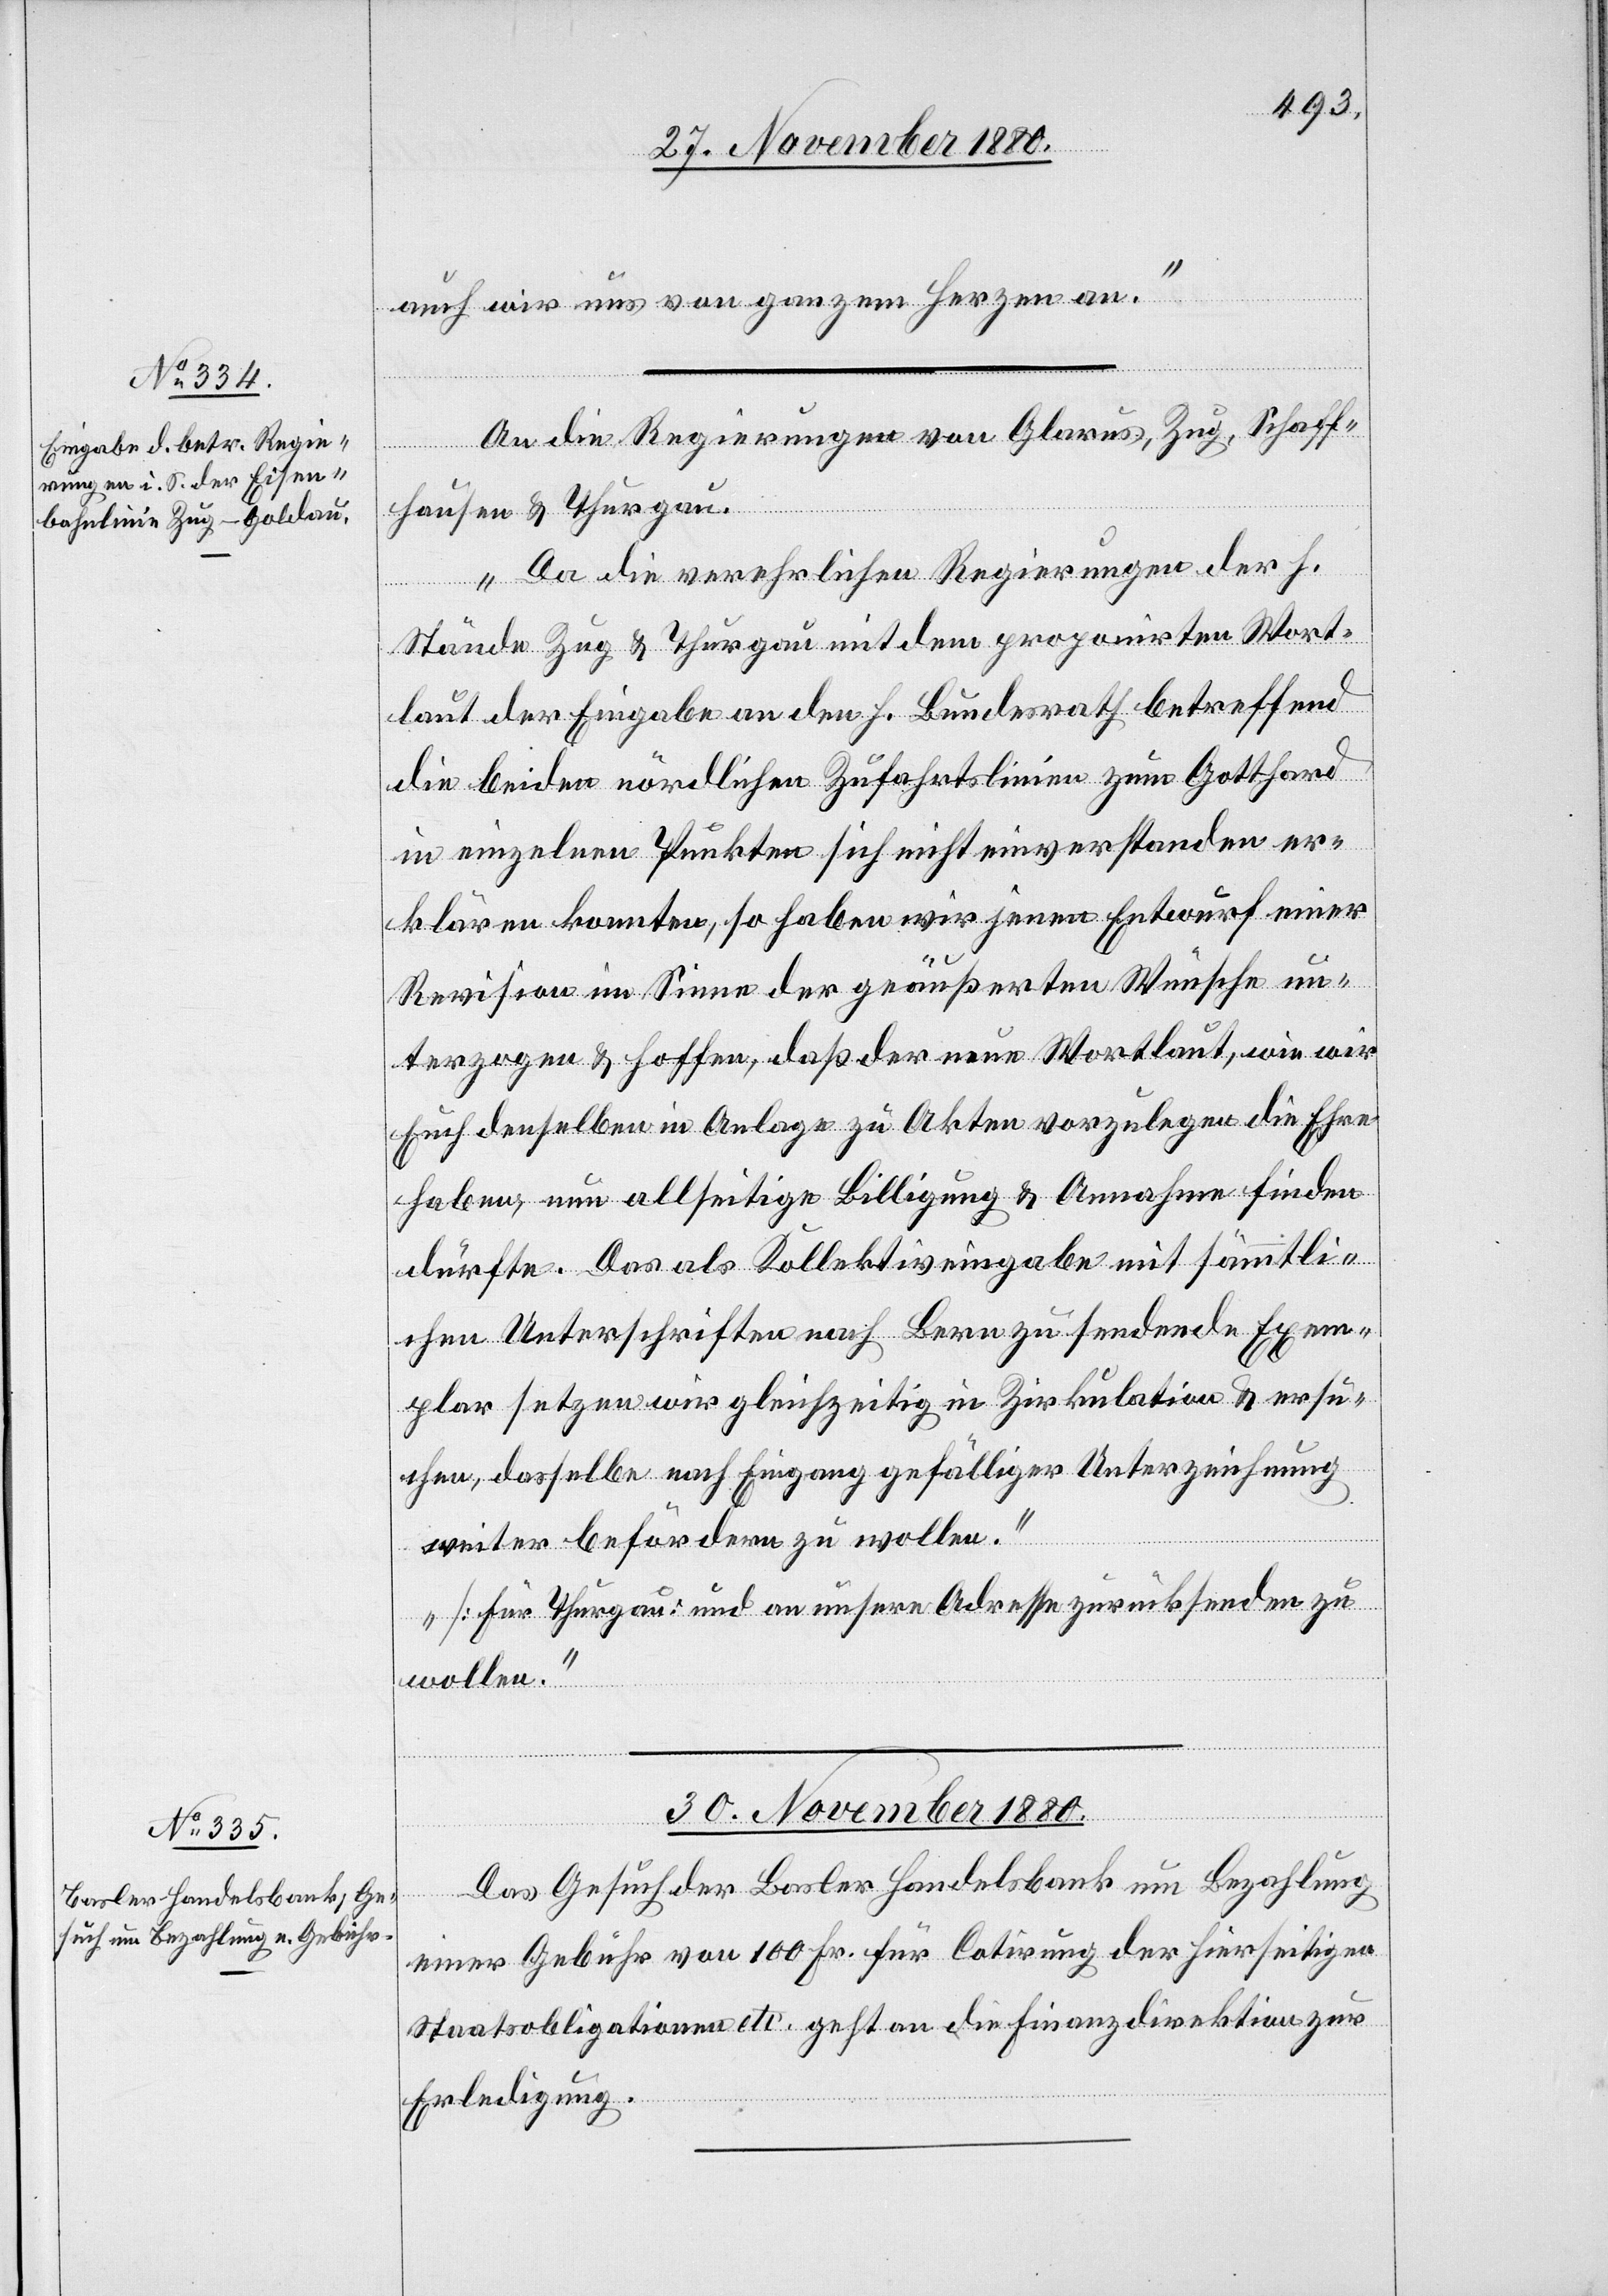
29. November 1880.]
auch wir uns von ganzem Herzen an.“
An die Regierungen von Glarus, Zug, Schaff¬
ügungen]
hausen & Thurgau.
„Da die verehrlichen Regierungen der h.
Stände Zug & Thurgau mit dem proponirten Wort¬
laut der Eingabe an den h. Bundesrath betreffend
die beiden nördlichen Zufahrtslinien zum Gotthard
in einzelnen Punkten sich nicht einverstanden er¬
klären konnten, so haben wir jenen Entwurf einer
Revision im Sinne der geäußerten Wünsche un¬
terzogen & hoffen, daß der neue Wortlaut, wie wir
Euch denselben in Anlage zu Akten vorzulegen die Ehre
haben, um allseitige Billigung & Annahme finden
dürfte. Das als Kollektiveingabe mit sämmtli¬
chen Unterschriften nach Bern zu sendende Exem¬
plar setzen wir gleichzeitig in Zirkulation & ersu¬
chen, dasselbe nach Eingang gefälliger Unterzeichnung
weiter befördern zu wollen.
[Für Thurgau; und an unsere Adresse zurücksenden zu
wollen].“
30. November 1880.
Das Gesuch der Basler Handelsbank um Bezahlung
einer Gebühr von 100 Fr. für Cotirung der hierseitigen
Staatsobligationen etc. geht an die Finanzdirektion zur
Erledigung.